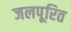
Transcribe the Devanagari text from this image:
जलपूरित